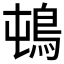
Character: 𲍛